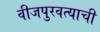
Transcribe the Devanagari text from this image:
वीजपुरवत्याची